Vabadussoja_Ajaloo_Komitee, lk 30
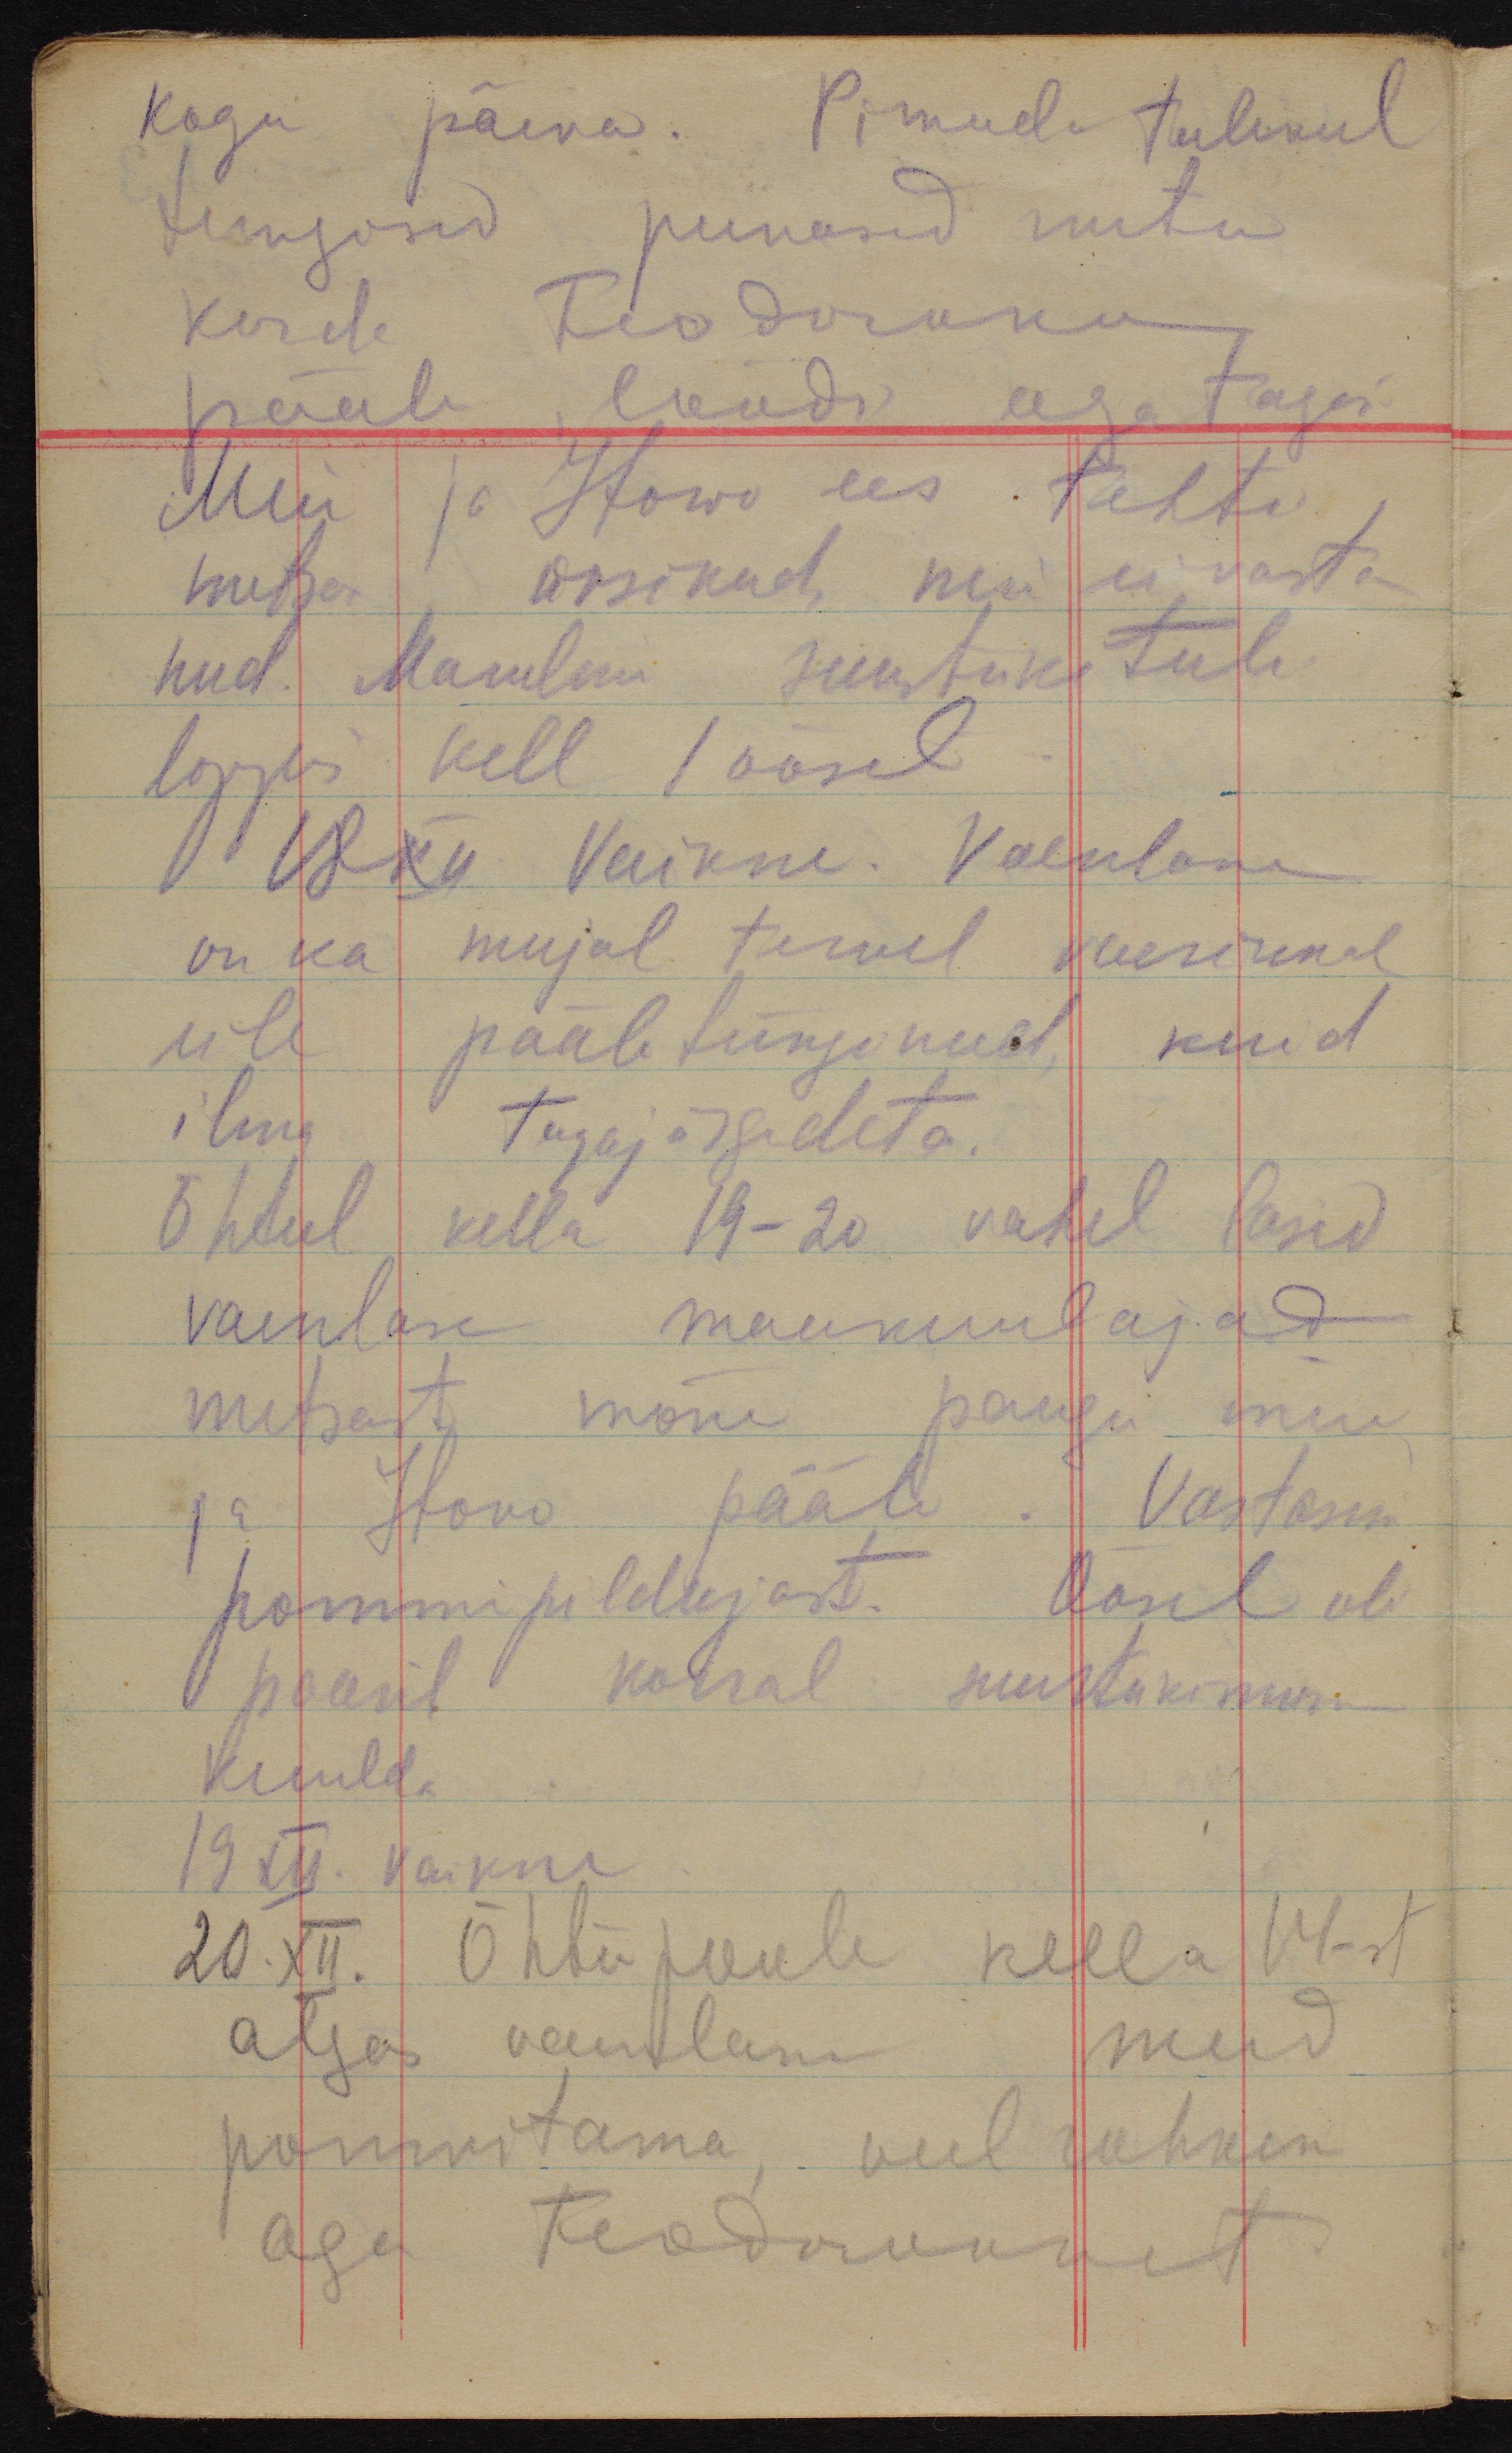
kogu päeva. Pimuda tulekul
tungisid punased mitu
korda Feodorova
pääle, löödi aga tagasi
Meie ja Itovo ees tehti
metsa üksikud, meie ei vasta-
nud. Maruline suurtüki tuli
lõppes kell 1öösel.
18 XII Vaikne. Vaenlane
on ka mujal tervel vaerinnal
ule pääletunginud, kuid
ilma tagajärgedeta.
Õhtul kella 19-20 vahel lasid
vaenlase maakuulajad
metsast mõne paugu meie
ja Itowo pääle. Vastasin
pommipildujast. Öösel oli
paaril korral suurtukimura
kuulda
19 XII. vaikne
20.XII. Õhtupoole kella 14-st
algas vaenlane meid
pommitama, veel rohkem
aga Feodorovkat.